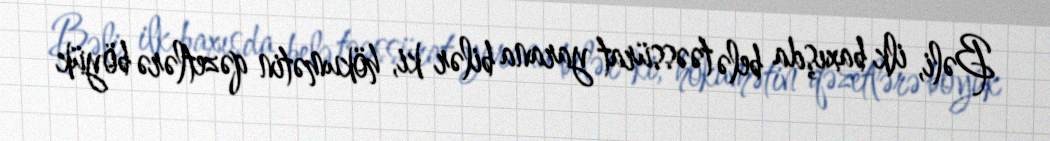
Bəli, ilk baxışda belə təəssürat yarana bilər ki, hökumətin qəzetlərə böyük